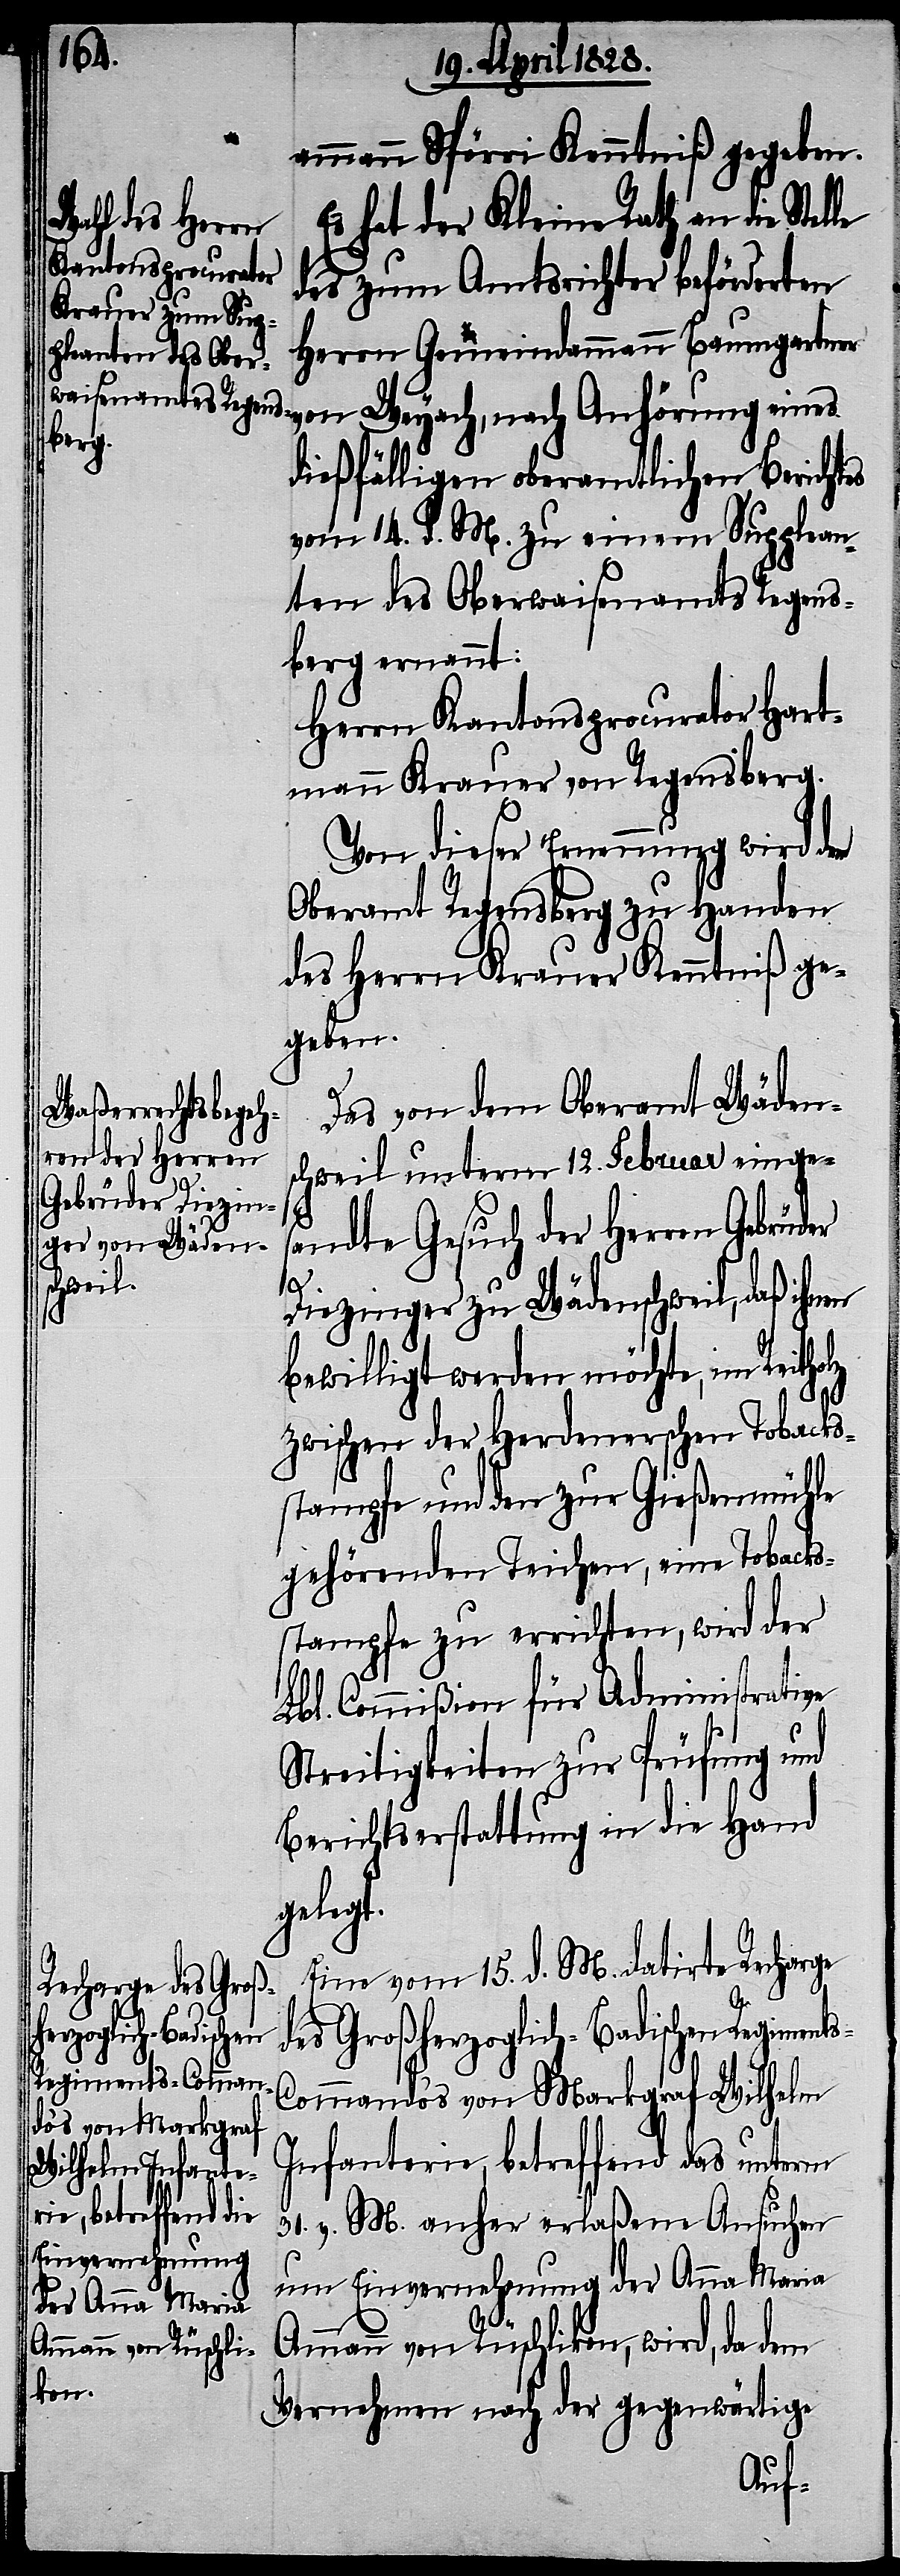
ammann Spörri Kenntniß gegeben.
Es hat der Kleine Rath an die Stel¬
des zum Amtsrichter beförderten
Herrn Gemeindammann Baumgartner
dießfälligen oberamtlichen Berichtes
vom 14. d. M. zu einem Supplean¬
ten des Oberwaisenamts Regens¬
berg ernannt:
Herrn Kantonsprocurator Hart¬
mann Krauer von Regensberg.
Von dieser Ernennung wird dem
Oberamt Regensberg zu Handen
des Herrn Krauer Kenntniß ge¬
geben.
Das von dem Oberamt Wäden¬
schweil unterm 12. Februar einge¬
s-C¬
sandte Gesuch der Herren Gebrüder
Diezinger zu Wädenschweil, daß ihnen
bewilligt werden möchte, im Reitholz
zwischen der Herdenerschen Tobacks¬
stampfe und den zur Gießenmühle
gehörenden Teichen, eine Tobacks¬
stampfe zu errichten, wird der
Lbl. Commißion für Administrative
Streitigkeiten zu Prüfung und
Berichtserstattung in die Hand
geleg¬
Eine vom 15. d. M. datirte Recharge
des Großherzoglich-Badischen Regiment¬
Anhörung eines
ommando‘s von Markgraf Wilhelm
Infanterie, betreffend das unterm
31. v. M. anher elaßene Ansuchen
um Einvernehmung der Anna Maria
Ammann von Rüschlikon, wird, da dem
Vernehmen nach der gegenwärtige